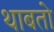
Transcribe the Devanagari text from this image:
थाबतो